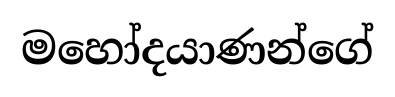
මහෝදයාණන්ගේ